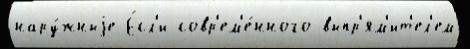
нару́жныjе Е́сл'и совр'ем'е́нного выпр'ям'ит'ел'ем